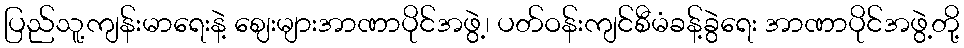
ပြည်သူ့ကျန်းမာရေးနဲ့ ဈေးများအာဏာပိုင်အဖွဲ့၊ ပတ်ဝန်းကျင်စီမံခန့်ခွဲရေး အာဏာပိုင်အဖွဲ့တို့